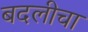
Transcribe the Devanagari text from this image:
बदलीचा